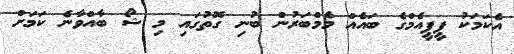
އެކަމަކު ޕީޕީއެމްގެ ބައެއް މެމްބަރުން ބުނި ގޮތުގައި މި ޝޯ ބާއްވާނެ ކަމަަށް